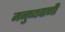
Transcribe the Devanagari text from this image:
मनुष्यवाणी